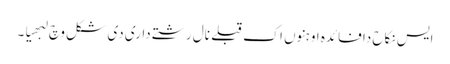
ایس نکاح دا فائدہ اوہنوں اک قبلے نال رشتے داری دی شکل وچ لبھیا۔